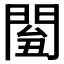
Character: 𨴘